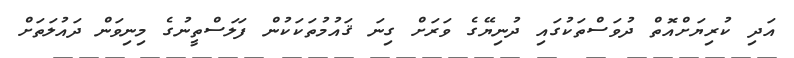
އަދި ކުރިޔަށްއޮތް ދުވަސްތަކުގައި ދުނިޔޭގެ ވަރަށް ގިނަ ޤައުމުތަކަކުން ފަލަސްތީނުގެ މިނިވަން ދައުލަތަށް